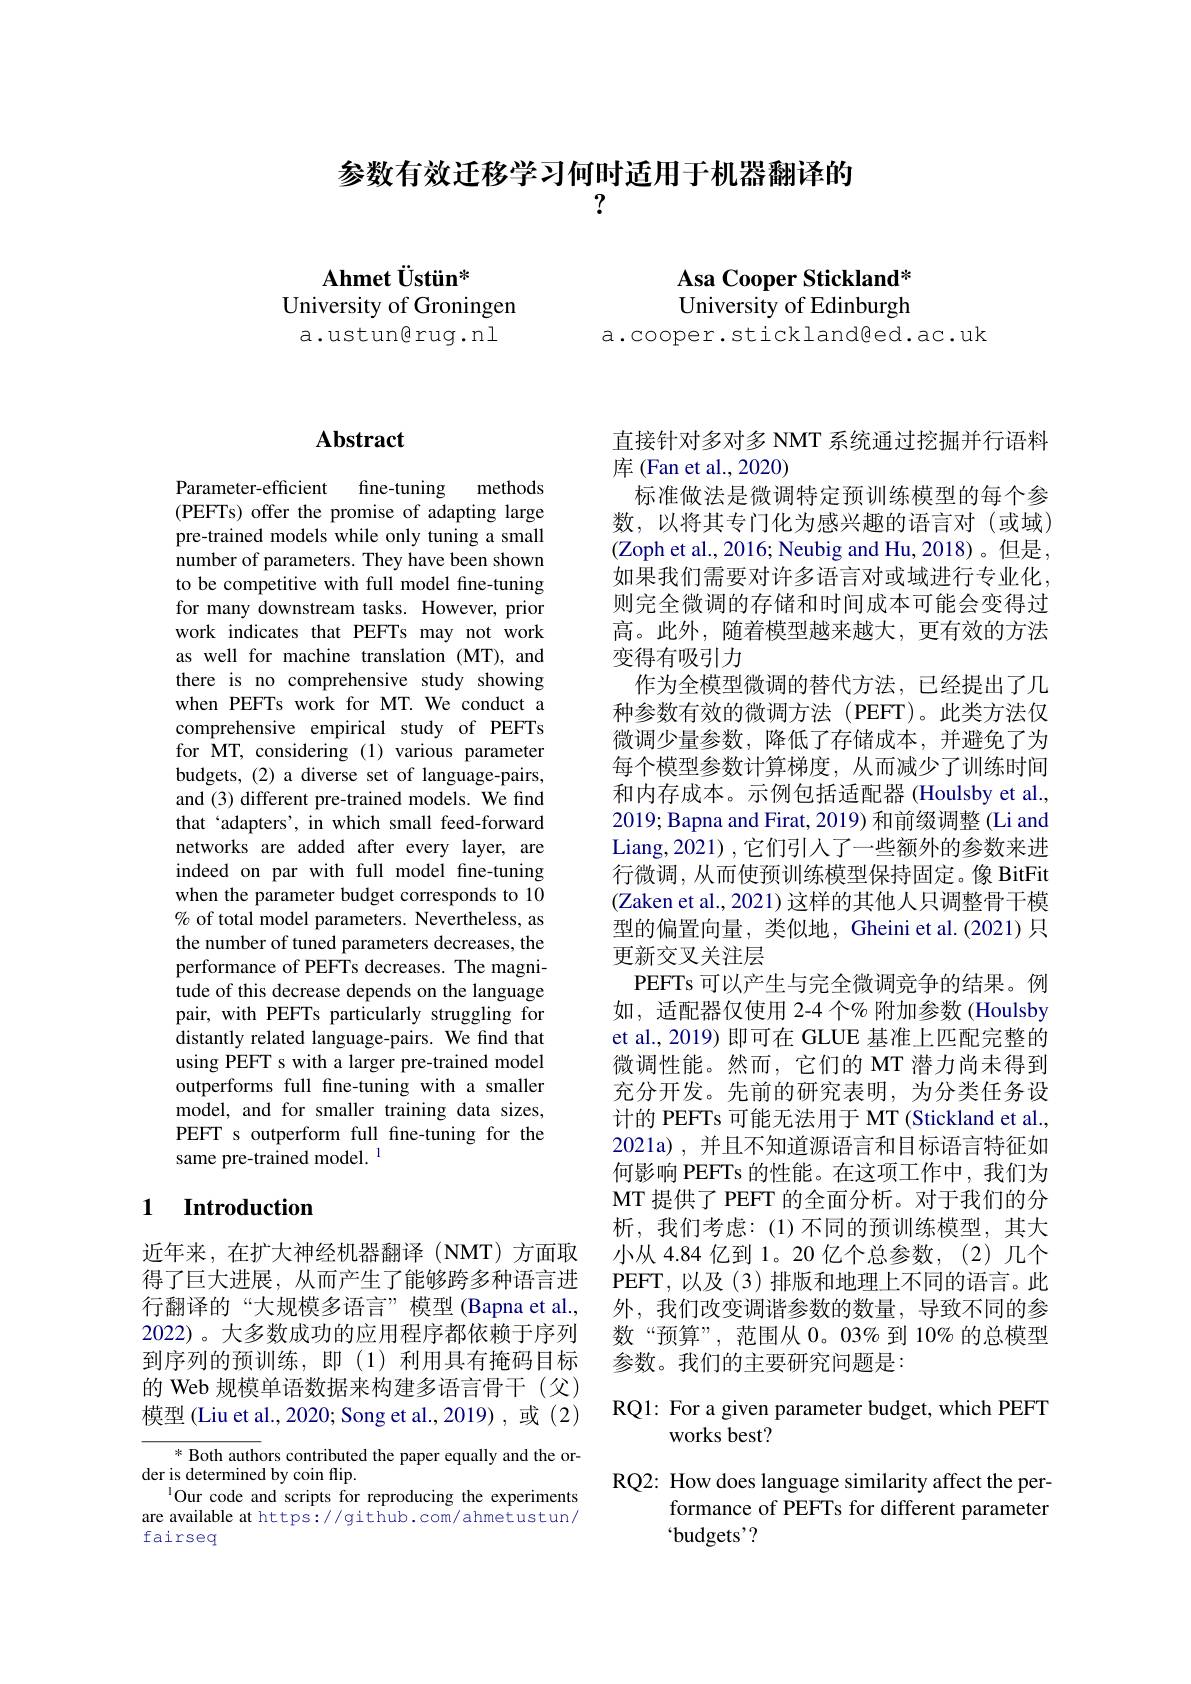
参数有效迁移学习何时适用于机器翻译的
7

$\mathbf{Ahmet~\ddot{U}stin}^{*}$
University of Groningen
a.ustun@rug.nl

# Asa Cooper Stickland* University of Edinburgh

a.cooper.stickland@ed.ac.uk

## $\mathbf{Abstract}$

Parameter-efficient fine-tuning methods (PEFTs) offer the promise of adapting large pre-trained models while only tuning a small number of parameters. They have been shown to be competitive with full model fine-tuning for many downstream tasks. However, prior work indicates that PEFTs may not work as well for machine translation (MT), and there is no comprehensive study showing when PEFTs work for MT. We conduct a comprehensive empirical study of PEFTs for MT, considering (1) various parameter budgets, (2) a diverse set of language-pairs, and (3) different pre-trained models. We find that 'adapters', in which small feed-forward networks are added after every layer, are indeed on par with full model fine-tuning when the parameter budget corresponds to 10 % of total model parameters. Nevertheless, as the number of tuned parameters decreases, the performance of PEFTs decreases. The magnitude of this decrease depends on the language pair, with PEFTs particularly struggling for distantly related language-pairs. We find that using PEFT s with a larger pre-trained model outperforms full fine-tuning with a smaller model, and for smaller training data sizes, PEFT s outperform full fine-tuning for the same pre-trained model. $^{\mathrm{l}}$

### 1 $\textbf{Introduction}$

近年来，在扩大神经机器翻译(NMT)方面取得了巨大进展，从而产生了能够跨多种语言进行翻译的“大规模多语言”模型(Bapna et al., 2022)。大多数成功的应用程序都依赖于序列到序列的预训练，即(1)利用具有掩码目标的 Web 规模单语数据来构建多语言骨干 (父) 模型 (Liu et al., 2020; Song et al., 2019) , 或 (2)

* Both authors contributed the paper equally and the or-
der is determined by coin flip.
$^{1}$Our code and scripts for reproducing the experiments are available at https://github.com/ahmetustun/ fairseq

直接针对多对多 NMT 系统通过挖掘并行语料
库 (Fan et al., 2020)
标准做法是微调特定预训练模型的每个参数，以将其专门化为感兴趣的语言对(或域) (Zoph et al., 2016; Neubig and Hu, 2018)。但是， 如果我们需要对许多语言对或域进行专业化， 则完全微调的存储和时间成本可能会变得过高。此外，随着模型越来越大，更有效的方法变得有吸引力
作为全模型微调的替代方法，已经提出了几种参数有效的微调方法(PEFT)。此类方法仅微调少量参数，降低了存储成本，并避免了为每个模型参数计算梯度，从而减少了训练时间和内存成本。示例包括适配器 (Houlsby et al., 2019; Bapna and Firat, 2019) 和前缀调整 (Li and Liang,2021),它们引入了一些额外的参数来进行微调，从而使预训练模型保持固定。像 BitFit (Zaken et al., 2021) 这样的其他人只调整骨干模型的偏置向量，类似地，Gheini et al.(2021) 只更新交叉关注层
PEFTs 可以产生与完全微调竞争的结果。例如，适配器仅使用 2-4 个% 附加参数 (Houlsby) et al., 2019) 即可在 GLUE 基准上匹配完整的微调性能。然而，它们的 MT 潜力尚未得到充分开发。先前的研究表明，为分类任务设计的 PEFTs 可能无法用于 MT (Stickland et al., 2021a),并且不知道源语言和目标语言特征如何影响 PEFTs 的性能。在这项工作中，我们为MT 提供了 PEFT 的全面分析。对于我们的分析，我们考虑：(1)不同的预训练模型，其大小从 4.84 亿到 1。20 亿个总参数，(2)几个PEFT, 以 及 ( 3) 排 版 和 地 理 上 不 同 的 语 言 。此 外，我们改变调谐参数的数量，导致不同的参数“预算”,范围从0。03%到 10%的总模型参数。我们的主要研究问题是：

## RQ1: For a given parameter budget, which PEFT works best?

# RQ2: How does language similarity affect the performance of PEFTs for different parameter “budgets'?